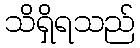
သိရှိရသည်